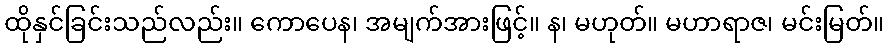
ထိုနှင်ခြင်းသည်လည်း။ ကောပေန၊ အမျက်အားဖြင့်။ န၊ မဟုတ်။ မဟာရာဇ၊ မင်းမြတ်။